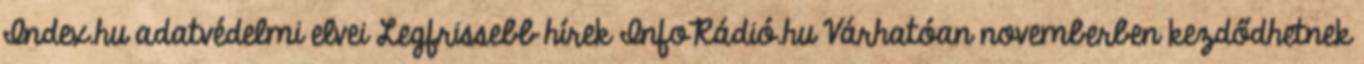
Index.hu adatvédelmi elvei Legfrissebb hírek InfoRádió.hu Várhatóan novemberben kezdődhetnek